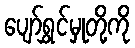
ပျော်ရွှင်မှုတို့ကို